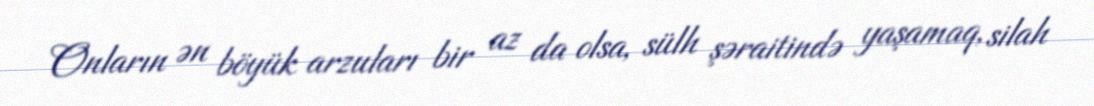
Onların ən böyük arzuları bir az da olsa, sülh şəraitində yaşamaq, silah